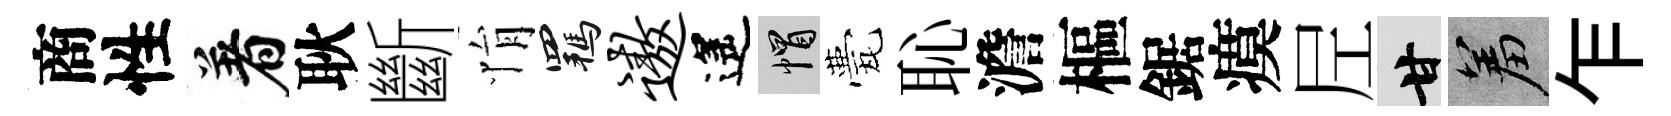
商性着耿斷悁羈遨遙帽甍恥澹樞鋸瘼𡰱甘羞乍